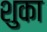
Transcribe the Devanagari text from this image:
शुका